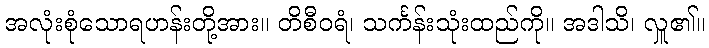
အလုံးစုံသောရဟန်းတို့အား။ တိစီဝရံ၊ သင်္ကန်းသုံးထည်ကို။ အဒါသိ၊ လှူ၏။